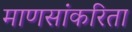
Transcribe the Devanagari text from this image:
माणसांकरिता